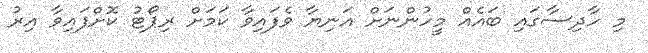
މި ހާދިސާގައި ބައެއް މީހުންނަށް އަނިޔާ ވެފައިވާ ކަމަށް ރިޕޯޓު ކޮށްފައިވާ އިރު